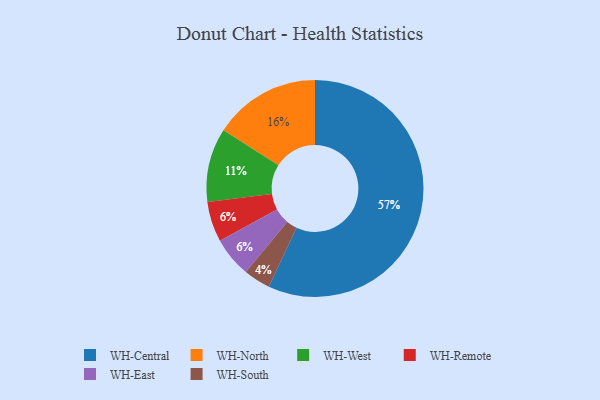
{"axis": {"x": "Category", "y": "Percentage"}, "legend": ["WH-Central", "WH-East", "WH-North", "WH-Remote", "WH-South", "WH-West"], "data": [{"x": "WH-West", "y": 11, "type": "WH-West"}, {"x": "WH-Remote", "y": 6, "type": "WH-Remote"}, {"x": "WH-South", "y": 4, "type": "WH-South"}, {"x": "WH-East", "y": 6, "type": "WH-East"}, {"x": "WH-Central", "y": 57, "type": "WH-Central"}, {"x": "WH-North", "y": 16, "type": "WH-North"}]}